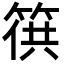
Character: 𥯏